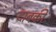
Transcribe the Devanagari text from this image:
दाबकी